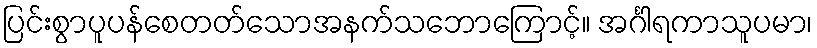
ပြင်းစွာပူပန်စေတတ်သောအနက်သဘောကြောင့်။ အင်္ဂါရကာသူပမာ၊